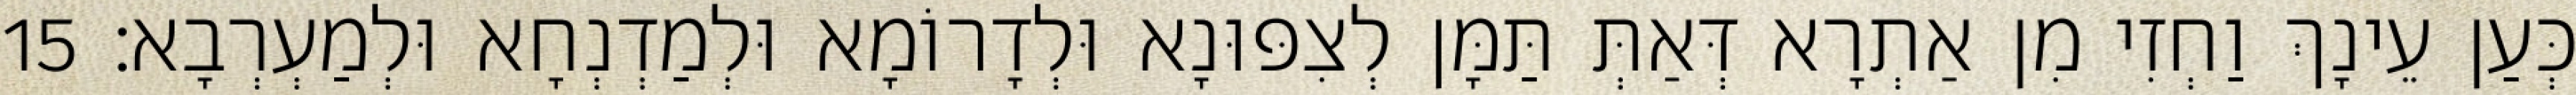
כְּעַן עֵינָךְ וַחְזִי מִן אַתְרָא דְּאַתְּ תַּמָּן לְצִפּוּנָא וּלְדָרוֹמָא וּלְמַדְנְחָא וּלְמַעְרְבָא׃ 15